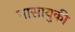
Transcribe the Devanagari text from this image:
मासायुकी